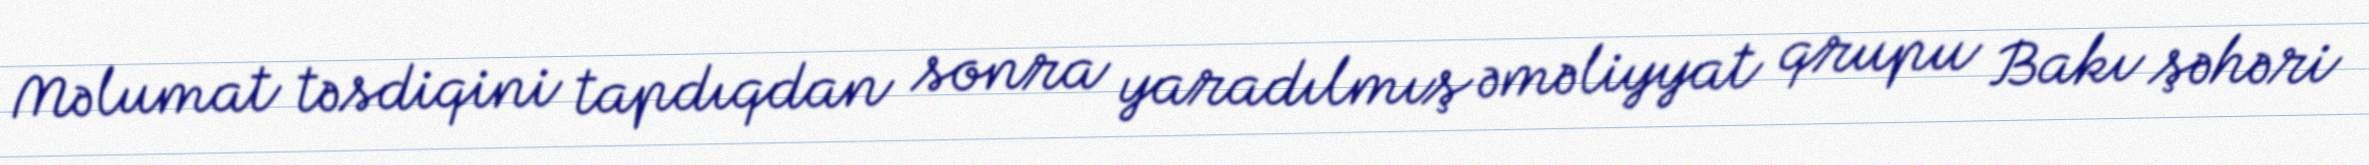
Məlumat təsdiqini tapdıqdan sonra yaradılmış əməliyyat qrupu Bakı şəhəri